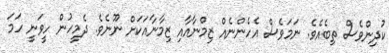
ކުދިންވެސް ތިބެއެވެ. ނަމަވެސް އެހެންނެއް ޒިމްނާއާއި ޒިމާނާއަކަށް ނޫނެވެ. ދެމީހުން ހީވަނީ ހަމަ